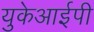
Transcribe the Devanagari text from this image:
युकेआईपी